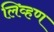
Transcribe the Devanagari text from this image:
लिव्हण